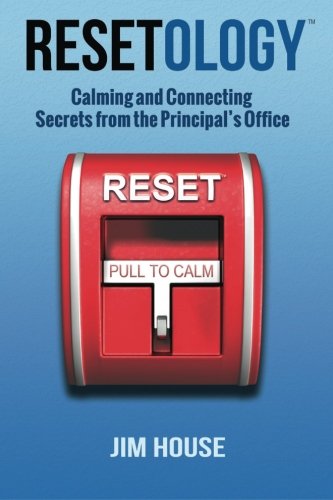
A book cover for Resetology:   Calming and Connecting Secrets From The Principal's Office; Jim House; Business & Money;